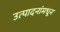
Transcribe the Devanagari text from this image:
उत्पादनांमधून